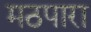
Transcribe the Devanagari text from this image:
मठपारा